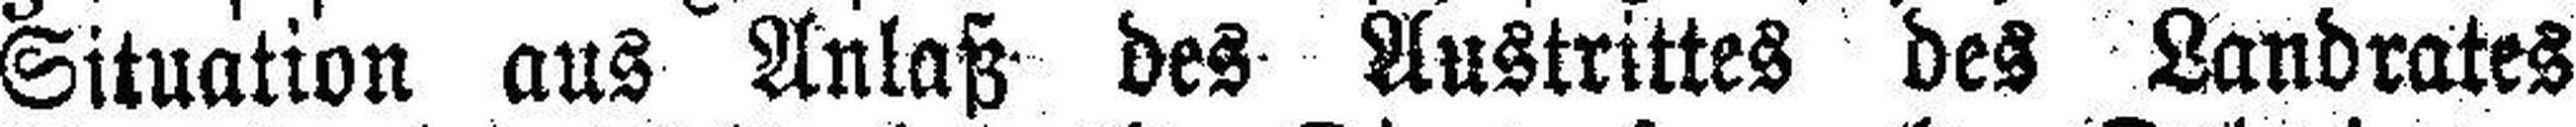
Situation aus Anlaß des Austrittes des Landrates